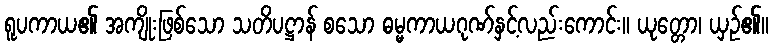
ရူပကာယ၏ အကျိုးဖြစ်သော သတိပဋ္ဌာန် စသော ဓမ္မကာယဂုဏ်နှင့်လည်းကောင်း။ ယုတ္တော၊ ယှဉ်၏။